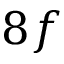
8 f